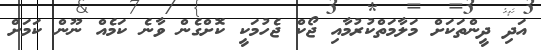
އަދި ދީންތަކަށް މަލާމަތްކުރުމާއި ޖޯކް ޖެހުމަކީ ކޮށްގެން ވާނެ ކަމެއް ނޫން ކަމަށް